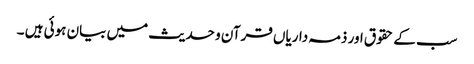
سب کے حقوق اور ذمہ داریاں قرآن و حدیث میں بیان ہوئی ہیں ۔